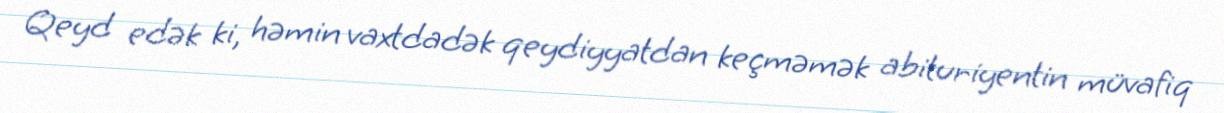
Qeyd edək ki, həmin vaxtdadək qeydiyyatdan keçməmək abituriyentin müvafiq